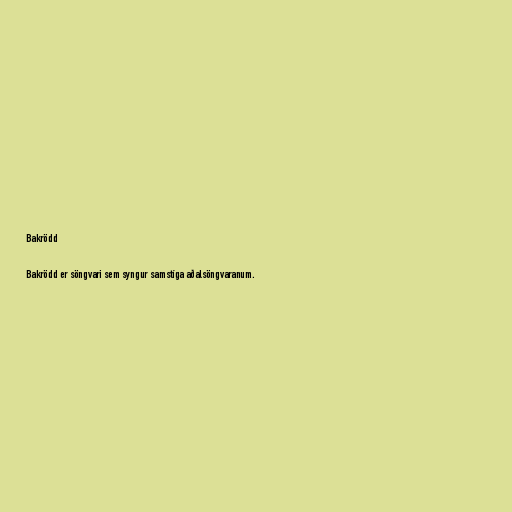
Bakrödd

Bakrödd er söngvari sem syngur samstíga aðalsöngvaranum.